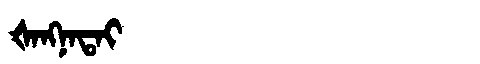
Manchu: ᡧᠠᠩᠨᠠᡨᠠᡳ
Romanization: ŠANGNATAI